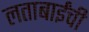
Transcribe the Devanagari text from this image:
लताबाईंची